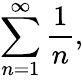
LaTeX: \sum_{n=1}^{\infty}{\frac{1}{n}},